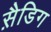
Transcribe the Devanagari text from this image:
स़ैडिग